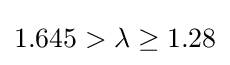
1.645>\lambda \geq 1.28